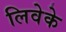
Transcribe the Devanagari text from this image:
लिवेके